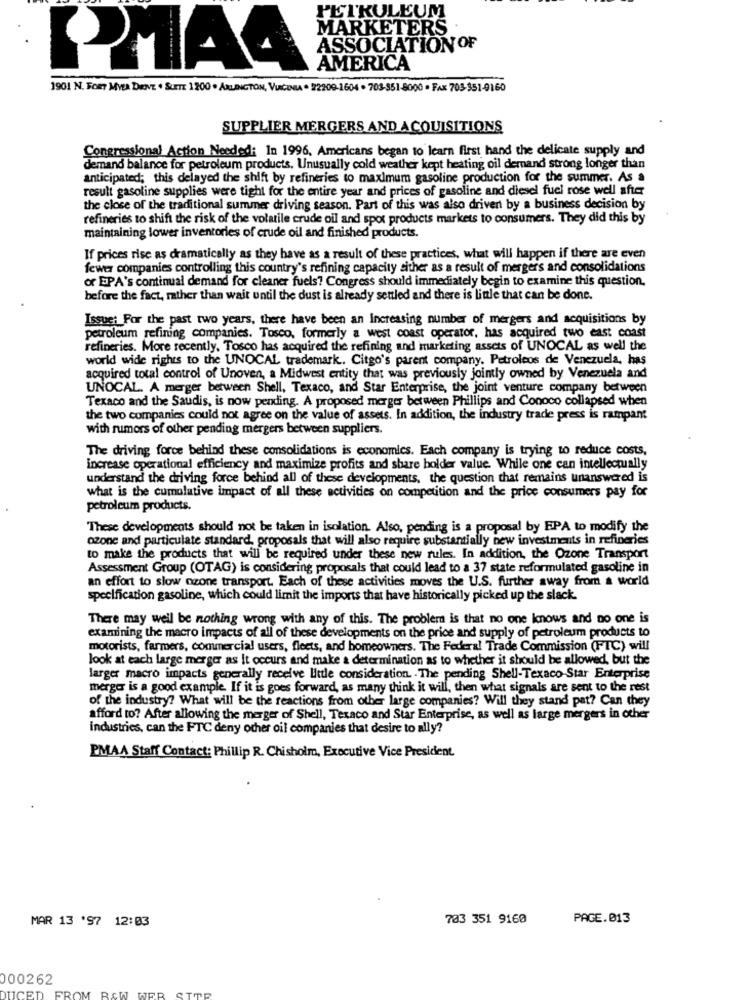
PETKULEUM
MARKETERS
ASSOCIATION OF
AMERICA
1901 N. FORT MYER DRIVE . SUITE 1200 . ARLINGTON, VIRGINIA . 22209-1604 . 703-351-8000 - FAX 703-351-9160
SUPPLIER MERGERS AND ACQUISITIONS
Congressional Action Needed: In 1996, Americans began to learn first hand the delicate supply and
demand balance for petroleum products. Unusually cold weather kept heating oil demand strong longer than
anticipated; this delayed the shift by refineries to maximum gasoline production for the summer. As a
result gasoline supplies were tight for the entire year and prices of gasoline and diesel fuel rose well after
the close of the traditional summer driving season. Part of this was also driven by a business decision by
refineries to shift the risk of the volatile crude oil and spot products markets to consumers. They did this by
maintaining lower inventories of crude oil and finished products.
If prices rise as dramatically as they have as a result of these practices, what will happen if there are even
fewer companies controlling this country's refining capacity sither as a result of mergers and consolidations
or EPA's continual demand for cleaner fuels? Congress should immediately begin to examine this question.
before the fact, rather than wait until the dust is already settled and there is little that can be done.
Issue; For the past two years, there have been an Increasing number of mergers and acquisitions by
petroleum refining companies. Tosco, formerly a west coast operator, has acquired two east coast
refineries. More recently, Tosco has acquired the refining and marketing assets of UNOCAL as well the
world wide rights to the UNOCAL trademark .. Citgo's parent company. Petroleos de Venezuela, has
acquired total control of Unoven, a Midwest entity that was previously jointly owned by Venezuela and
UNOCAL. A merger between Shell, Texaco, and Star Enterprise, the joint venture company between
Texaco and the Saudis, is now pending. A proposed merger between Phillips and Conoco collapsed when
the two companies could not agree on the value of assets. In addition, the industry trade press is rampant
with rumors of other pending mergers between suppliers.
The driving force behind these consolidations is economics. Each company is trying to reduce costs,
increase operational efficiency and maximize profits and share holder value. While one can intellectually
understand the driving force behind all of these developments, the question that remains unanswered is
what is the cumulative impact of all these activities on competition and the price consumers pay for
petroleum products.
These developments should not be taken in isolation. Also, pending is a proposal by EPA to modify the
ozone and particulate standard, proposals that will also require substantially new investments in refineries
to make the products that will be required under these new rules. In addition, the Ozone Transport
Assessment Group (OTAG) is considering proposals that could lead to a 37 state reformulated gasoline in
an effort to slow ozone transport. Each of these activities moves the U.S. further away from a world
specification gasoline, which could limit the imports that have historically picked up the slack.
There may weil be nothing wrong with any of this. The problem is that no one knows and no one is
examining the macro impacts of all of these developments on the price and supply of petroleum products to
motorists, farmers, commercial users, fleets, and homeowners. The Federal Trade Commission (FTC) will
look at each large merger as It occurs and make a determination as to whether it should be allowed, but the
larger macro impacts generally receive little consideration. . The pending Shell-Texaco Star Enterprise
merger is a good example. If it is goes forward, as many think it will, then what signals are sent to the rest
of the industry? What will be the reactions from other large companies? Will they stand pat? Can they
afford to? After allowing the merger of Shell, Texaco and Star Enterprise, as well as large mergers in other
industries, can the FTC deny other oil companies that desire to ally?
PMAA Staff Contact: Phillip R. Chisholm, Executive Vice President.
MAR 13 '97 12:03
783 351 9160
PAGE.013
000262
FROM BOW
ER
DUCED